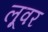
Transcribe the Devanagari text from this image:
लूवर